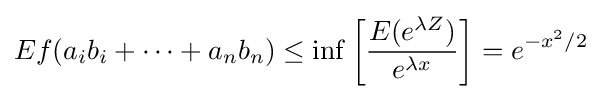
Ef(a_{i}b_{i}+\cdots +a_{n}b_{n})\leq \inf \left[{\frac {E(e^{\lambda Z})}{e^{\lambda x}}}\right]=e^{-x^{2}/2}